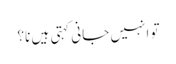
تو انہیں جانی کہتی ہیں نا؟